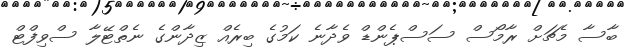
ބާސާ މެޗަށް ރާމޯސް ސަސްޕެންޑް ވެދާނެ ކަމުގެ ބިރެއް ޒިދާންގެ ނެތްޓޭލާ ސްވިފްޓް